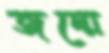
জন্মে